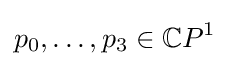
p_{0},\ldots ,p_{3}\in \mathbb {C} P^{1}